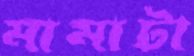
মামাটা